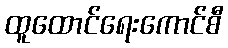
ထူထောင်ရေးကောင်စီ